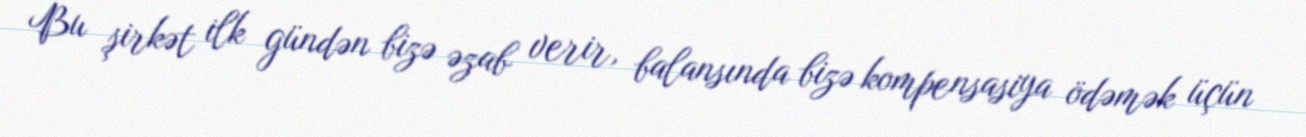
Bu şirkət ilk gündən bizə əzab verir, balansında bizə kompensasiya ödəmək üçün